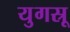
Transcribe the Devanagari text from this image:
युगस्रू